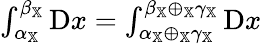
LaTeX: \begin{array}{r}{\int_{\alpha_{\mathbb{X}}}^{\beta_{\mathbb{X}}}\mathrm{D}x=\int_{\alpha_{\mathbb{X}}\oplus_{\mathbb{X}}\gamma_{\mathbb{X}}}^{\beta_{\mathbb{X}}\oplus_{\mathbb{X}}\gamma_{\mathbb{X}}}\mathrm{D}x}\end{array}